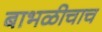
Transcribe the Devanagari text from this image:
बाभळीचाच